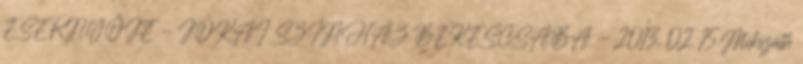
ESERNYŐJE - JÓKAI SZÍNHÁZ BÉKÉSCSABA - 2013. 02. 15.Mikszáth